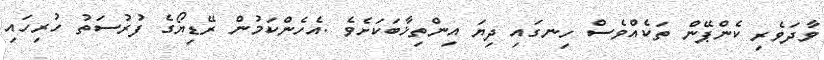
ވާދަވެރި ކެންޕޭން ތަކެއްވެސް ހިނގައި ދިޔަ އިންތިޚާބަކަށެވެ .އެހެންކަމުން ރޭޑިޔޯގެ ފުރުސަތު ހުރިހައި